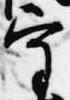
守